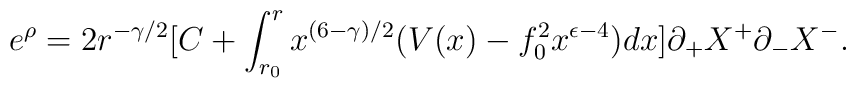
e^{\rho} = 2 r^{ -\gamma / 2} [ C +\int_{r_0}^{r} x^{ (6- \gamma )/2} ( V(x)- f_0^2 x^{\epsilon -4 } ) dx ] \partial_+ X^+ \partial_- X^- .